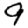
Digit: 9